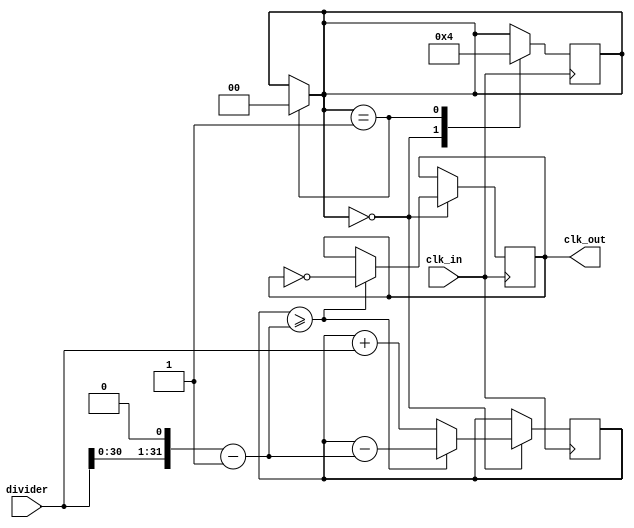
module floating_point_clock_divider (
    input wire clk_in,
    input wire [31:0] divider,
    output reg clk_out
);

reg [31:0] counter;
reg [31:0] threshold;
reg [1:0] state;

always @ (posedge clk_in) begin
    case (state)
        2'b00: begin
            counter <= counter + divider;
            if (counter >= threshold) begin
                clk_out <= ~clk_out;
                counter <= counter - threshold;
            end
            state <= 2'b01;
        end
        2'b01: state <= 2'b00;
    endcase
end

assign threshold = ((divider << 1) - 1);
assign state = (state == 2'b01) ? 2'b00 : state;

endmodule